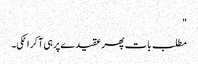
"
مطلب بات پھر عقیدے پر ہی آ کر اٹکی۔